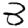
Digit: 3